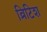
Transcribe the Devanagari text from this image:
व्रिटिश